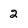
Character: 2